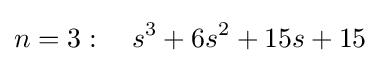
n=3:\quad s^{3}+6s^{2}+15s+15